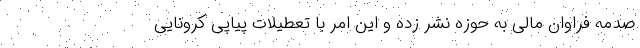
صدمه فراوان مالی به حوزه نشر زده و این امر با تعطیلات پیاپی کرونایی